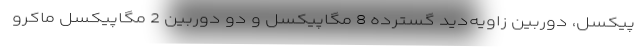
پیکسل، دوربین زاویه‌دید گسترده 8 مگاپیکسل و دو دوربین 2 مگاپیکسل ماکرو